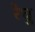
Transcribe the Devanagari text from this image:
रेघु